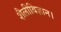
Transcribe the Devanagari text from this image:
शैलीविज्ञान।